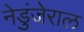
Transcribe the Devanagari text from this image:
नेडुंजेराल